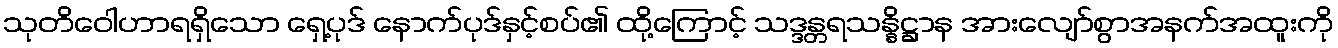
သုတိဝေါဟာရရှိသော ရှေ့ပုဒ် နောက်ပုဒ်နှင့်စပ်၏ ထို့ကြောင့် သဒ္ဒန္တရသန္နိဋ္ဌာန အားလျော်စွာအနက်အထူးကို